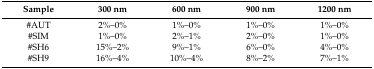
<table><thead><tr><td><b>Sample</b></td><td><b>300 nm</b></td><td><b>600 nm</b></td><td><b>900 nm</b></td><td><b>1200 nm</b></td></tr></thead><tbody><tr><td>#AUT</td><td>2%–0%</td><td>1%–0%</td><td>1%–0%</td><td>1%–0%</td></tr><tr><td>#SIM</td><td>1%–0%</td><td>2%–1%</td><td>2%–0%</td><td>1%–0%</td></tr><tr><td>#SH6</td><td>15%–2%</td><td>9%–1%</td><td>6%–0%</td><td>4%–0%</td></tr><tr><td>#SH9</td><td>16%–4%</td><td>10%–4%</td><td>8%–2%</td><td>7%–1%</td></tr></tbody></table>